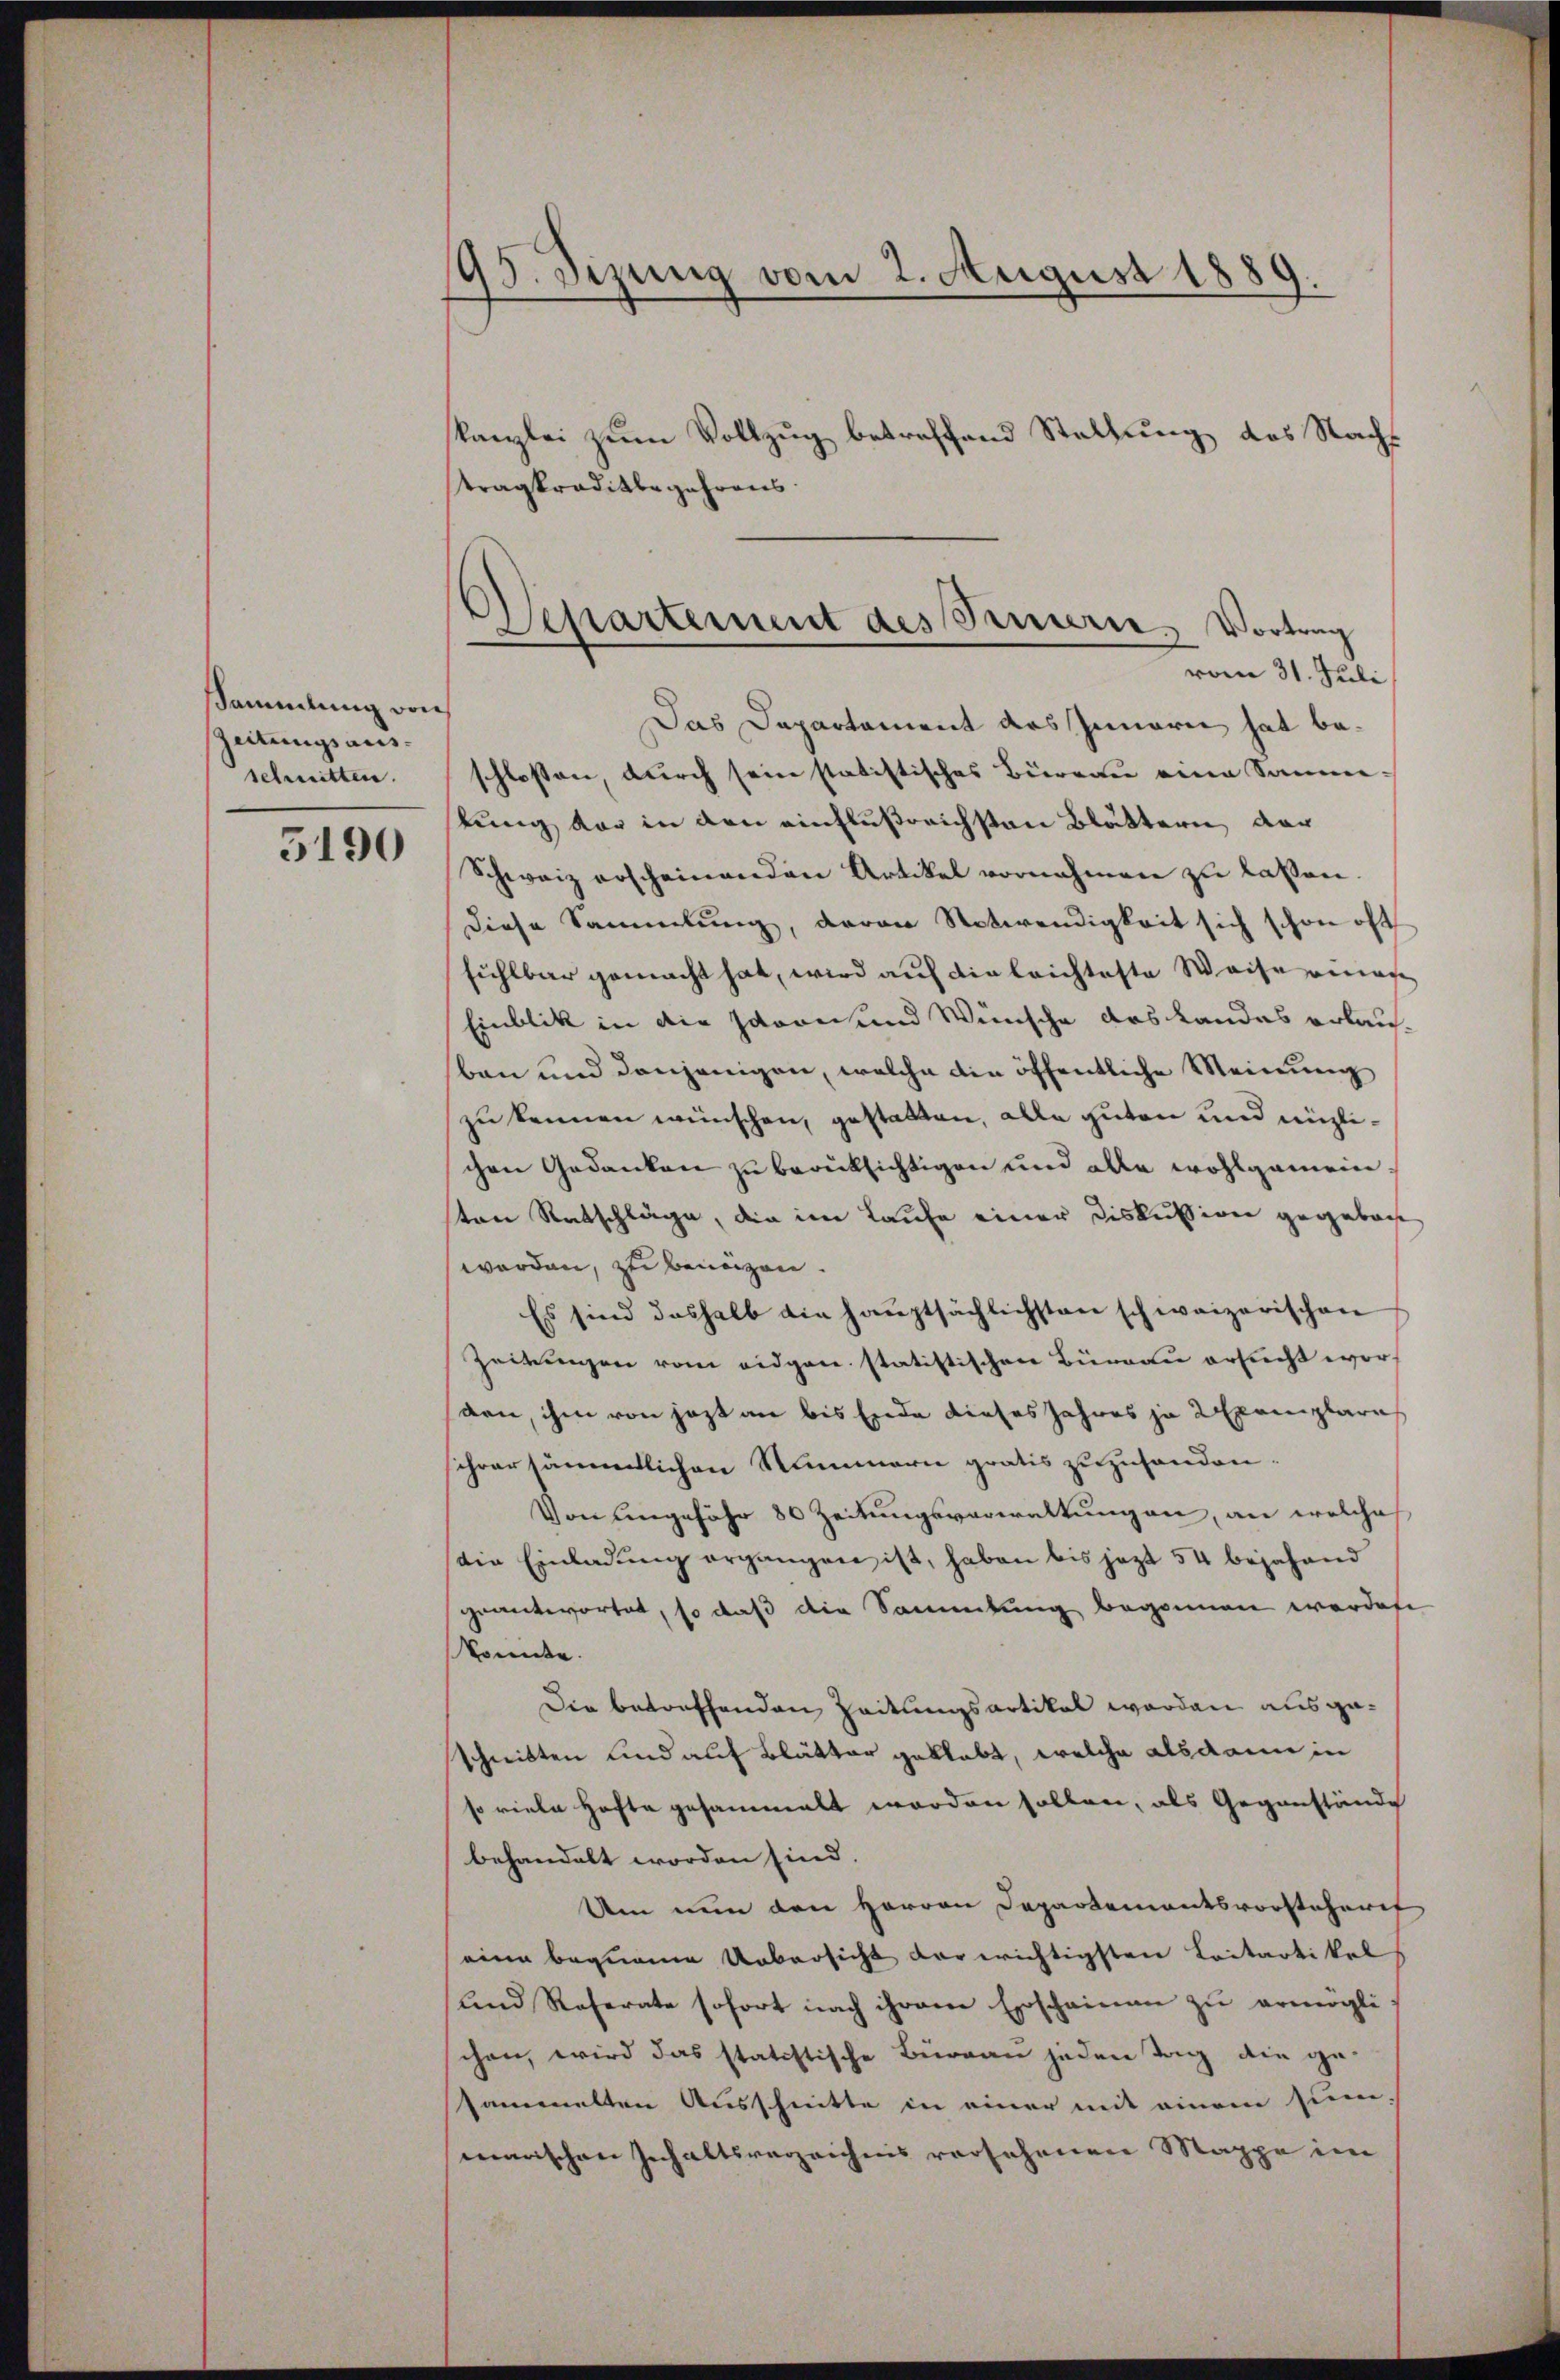
Sammlung von
Zeitungsausschnitten.
5190

195. Sizung vom 2. August 1889.
kanzlei zum Vollzug betreffend Stellung des Nachs
tragkraditbegehrens.

Das Departament des Innern hat beschlossen, durch sein statistisches Büreau eine Sammlung der in den einflußreichsten Blättern, dar
Schweiz erscheinenden Artikel vornehmen zu lassen.
diese Sammlung, davon Notwendigkeit sich schon oft
fühlbar gemacht hat, wird auf die leichteste Weise eines
Einblik in die schron und Wünsche das Landas erlau
ben und denjenigen, welche die öffentliche Meinung
zu kennen wünschen, gestatten, alle guten und nüzlichen Gedanken zu berüksichtigen und alle wohlgemeinten Ratschläge, die im Laufe einer Diskussion gegebacht
werden, zu benuzen.
Es sind deshalb die hauptsächlichsten schweizerischen
Zeitungen vom eidgen. statistischen Büreau ersucht worarn, ihm von jezt an bis Ende dieses Jahres ja exemplaris
scher sämmtlichen Nummern gratis zuzuhanden.
Von ungefähr 80 Zeitungsverwaltungen, an welches
die Einladung ergangen ist, haben bis jezt 54 bejahend
geantwortet, so daß die Sammlung begonnen werden
konnte.
Die betreffenden Zeitungsartikal worden ausgeschnitten und auf Blätter geklebt, welche alsdann in
so viele Hofte gesammelt worden sollen, als Gegenstände
behandelt worden sind.
Um nun den Herren Departementsvorsteheret
eine begname Uebersicht der erichtigsten Laitartikel
und Referate sofort nach ihrem Erscheinen zu ermöglischen, wird das statistische Büreau jeden Tag die gesammelten Ausschnitte in einer mit einem siene,
marischen Inchaltsvereichnis versehenen Mappe im

Departement des Sinnere Vortrag
vom 31. Juli